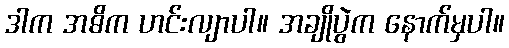
ဒါက အဓိက ဟင်းလျာပါ။ အချိုပွဲက နောက်မှပါ။